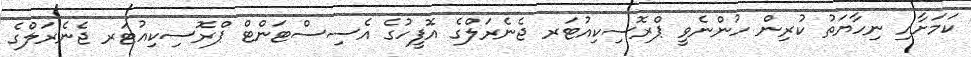
ކަމަށާއި ނިހާޔަތު ކުރިން ހުންނެވީ ޕްރޮސިކިއުޓަރ ޖެނެރަލްގެ އޮފީހުގެ އެސިސްޓަންޓް ޕްރޮސިކިއުޓަރ ޖެނެރަލްގެ